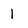
Character: 1